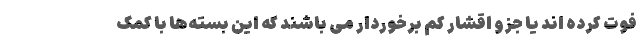
فوت کرده اند یا جزو اقشار کم برخوردار می باشند که این بسته‌ها با کمک